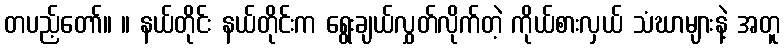
တပည့်တော်။ ။ နယ်တိုင်း နယ်တိုင်းက ရွေးချယ်လွှတ်လိုက်တဲ့ ကိုယ်စားလှယ် သံဃာများနဲ့ အတူ